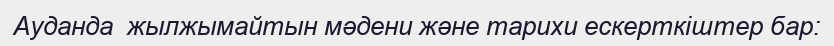
Ауданда  жылжымайтын мәдени және тарихи ескерткіштер бар: